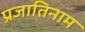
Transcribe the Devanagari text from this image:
प्रजातिनाम